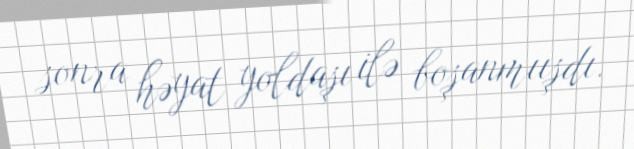
sonra həyat yoldaşı ilə boşanmıışdı.